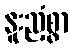
နူးညံ့စွာ